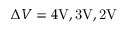
\Delta V = 4 \mathrm { { V } , 3 \mathrm { { V } , 2 \mathrm { { V } } } }